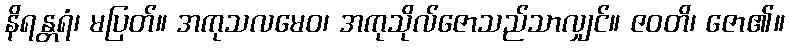
နိရန္တရံ၊ မပြတ်။ အကုသလမေဝ၊ အကုသိုလ်ဇောသည်သာလျှင်။ ဇဝတိ၊ ဇော၏။